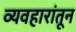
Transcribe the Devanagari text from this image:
व्यवहारांतून